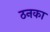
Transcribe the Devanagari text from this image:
ठनका